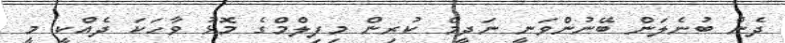
ދެން ބުނެލަން ބޭނުންވަނީ ނަދީމް ކުރިން މިފިލްމްގެ މޮޅު ވާހަަކަ ދެއްކީ މީ